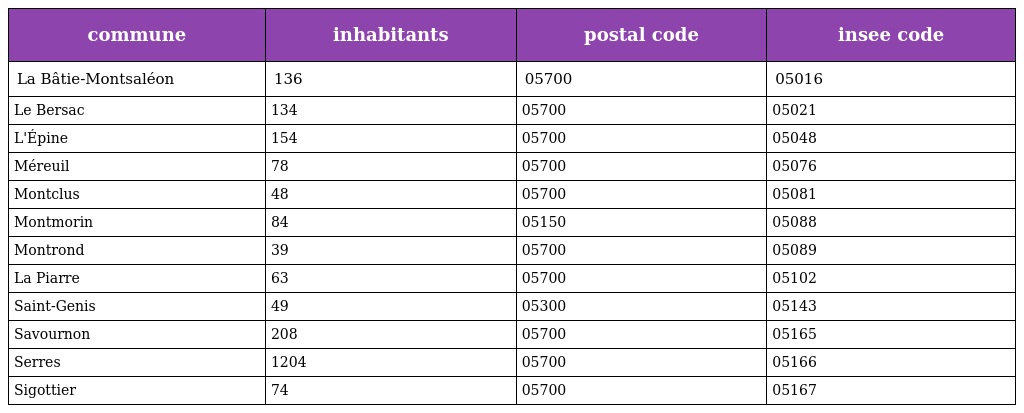
| commune | inhabitants | postal code | insee code |
 | --- | --- | --- | --- |
 | La Bâtie-Montsaléon | 136 | 05700 | 05016 |
 | Le Bersac | 134 | 05700 | 05021 |
 | L'Épine | 154 | 05700 | 05048 |
 | Méreuil | 78 | 05700 | 05076 |
 | Montclus | 48 | 05700 | 05081 |
 | Montmorin | 84 | 05150 | 05088 |
 | Montrond | 39 | 05700 | 05089 |
 | La Piarre | 63 | 05700 | 05102 |
 | Saint-Genis | 49 | 05300 | 05143 |
 | Savournon | 208 | 05700 | 05165 |
 | Serres | 1204 | 05700 | 05166 |
 | Sigottier | 74 | 05700 | 05167 |